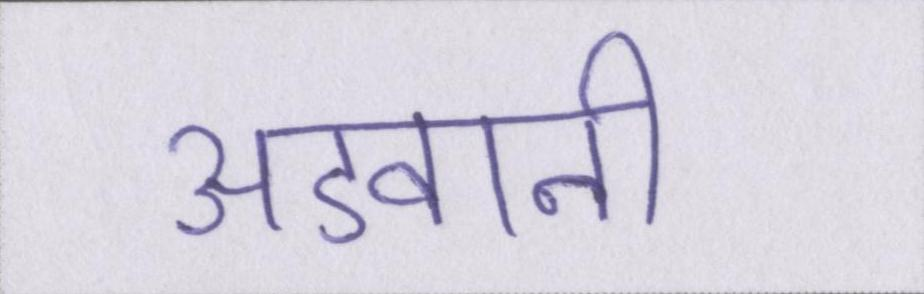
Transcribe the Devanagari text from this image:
अडवानी